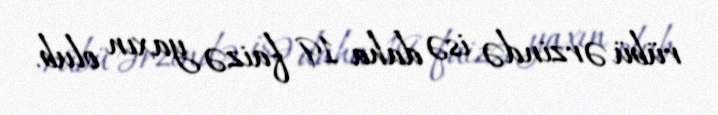
rübü ərzində isə daha 19 faizə yaxın olub.